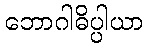
ဘောဂါဓိပ္ပါယာ